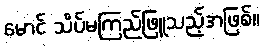
မောင် သိပ်မကြည်ဖြူသည့်အဖြစ်။